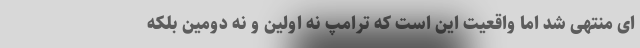
ای منتهی شد اما واقعیت این است که ترامپ نه اولین و نه دومین بلکه